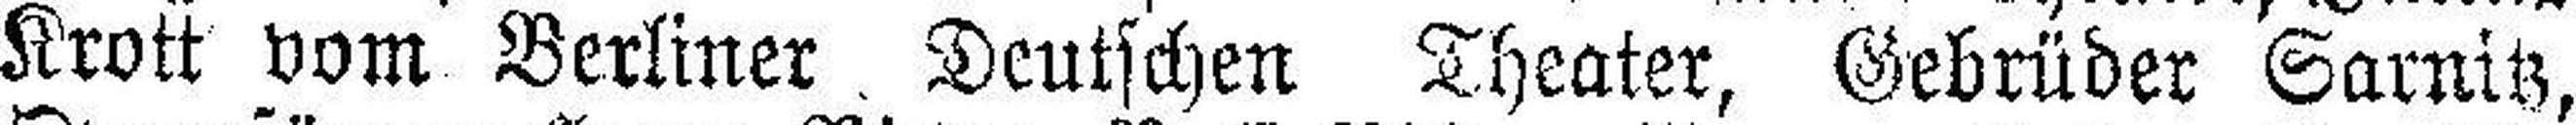
Krott vom Berliner, Deutschen Theater, Gebrüder Sarnitz,